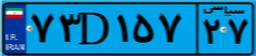
۷۳D۱۵۷۲۷